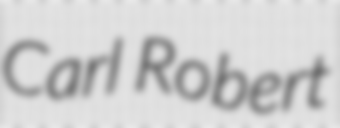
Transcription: Carl Robert